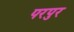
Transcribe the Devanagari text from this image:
परपुर